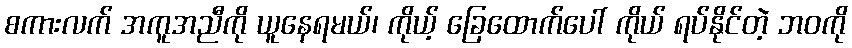
စကားလက် အကူအညီကို ယူနေရမယ်၊ ကိုယ့် ခြေထောက်ပေါ် ကိုယ် ရပ်နိုင်တဲ့ ဘဝကို